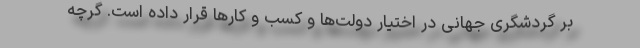
بر گردشگری جهانی در اختیار دولت‌ها و کسب و کارها قرار داده است. گرچه